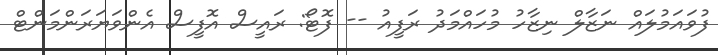
ފުވައަމުލައް ނަޒާލް ނިޒާހު މުހައްމަދު ރަފީއު -- ފޮޓޯ: ރައީސް އޮފީސް އެންވަޔަރަންމަންޓް